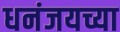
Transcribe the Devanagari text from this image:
धनंजयच्या